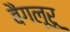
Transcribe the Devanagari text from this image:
बैंगलूरू